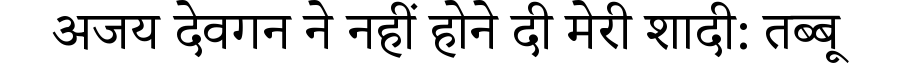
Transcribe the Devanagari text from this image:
अजय देवगन ने नहीं होने दी मेरी शादी: तब्बू